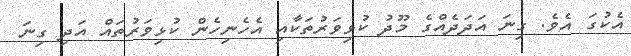
އެކުގަ އެވެ. ގިނަ އަދަދެއްގެ މޫދު ކުޅިވަރުތަކާއި އެހެނިހެން ކުޅިވަރުތައް އަދި ގިނަ